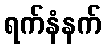
ရက်နံနက်